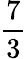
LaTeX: \frac 73